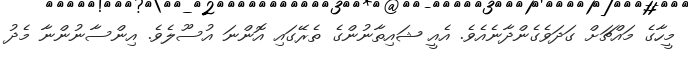
މީހާގެ މައްޗަށް ގަދަވެގެންދާނެއެވެ. އެއީ ޝައިތާނުންގެ ތެރޭގައި އޮންނަ އުސޫލެވެ. އިންސާނުންނާ މެދު